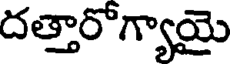
దత్తారోగ్యాయై